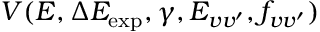
V ( E , \Delta E _ { \mathrm { e x p } } , \gamma , E _ { v v ^ { \prime } } , f _ { v v ^ { \prime } } )